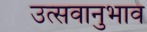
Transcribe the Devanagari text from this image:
उत्सवानुभाव